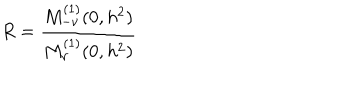
LaTeX: R = \frac { M _ { - \nu } ^ { ( 1 ) } ( 0 , h ^ { 2 } ) } { M _ { \nu } ^ { ( 1 ) } ( 0 , h ^ { 2 } ) }